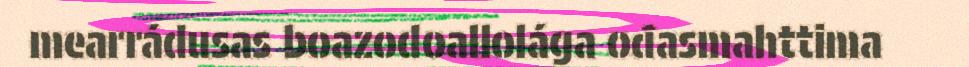
mearrádusas boazodoallolága ođasmahttima